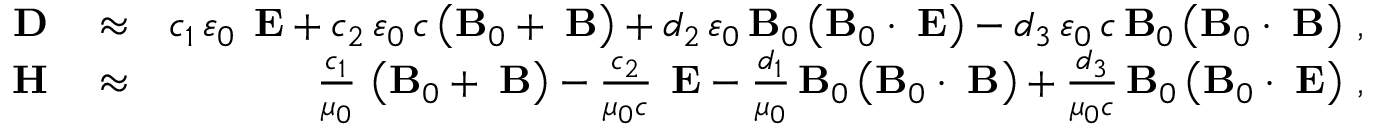
\begin{array} { r l r } { { \bf D } } & { { } \approx } & { c _ { 1 } \, \varepsilon _ { 0 } \, { \bf \delta E } + c _ { 2 } \, \varepsilon _ { 0 } \, c \left( { \bf B } _ { 0 } + { \bf \delta B } \right) + d _ { 2 } \, \varepsilon _ { 0 } \, { \bf B } _ { 0 } \left( { \bf B } _ { 0 } \cdot { \bf \delta E } \right) - d _ { 3 } \, \varepsilon _ { 0 } \, c \, { \bf B } _ { 0 } \left( { \bf B } _ { 0 } \cdot { \bf \delta B } \right) \, , } \\ { { \bf H } } & { { } \approx } & { \frac { c _ { 1 } } { \mu _ { 0 } } \, \left( { \bf B } _ { 0 } + { \bf \delta B } \right) - \frac { c _ { 2 } } { \mu _ { 0 } c } \, { \bf \delta E } - \frac { d _ { 1 } } { \mu _ { 0 } } \, { \bf B } _ { 0 } \left( { \bf B } _ { 0 } \cdot { \bf \delta B } \right) + \frac { d _ { 3 } } { \mu _ { 0 } c } \, { \bf B } _ { 0 } \left( { \bf B } _ { 0 } \cdot { \bf \delta E } \right) \, , } \end{array}